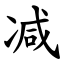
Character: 减